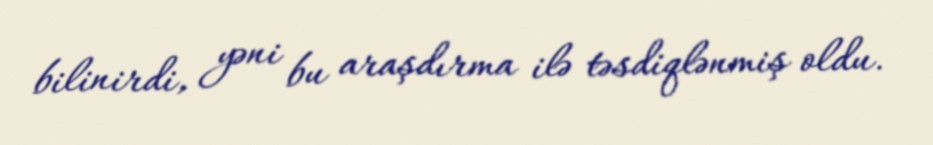
bilinirdi, yəni bu araşdırma ilə təsdiqlənmiş oldu.